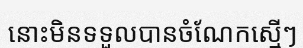
នោះមិនទទួលបានចំណែកស្មើៗ